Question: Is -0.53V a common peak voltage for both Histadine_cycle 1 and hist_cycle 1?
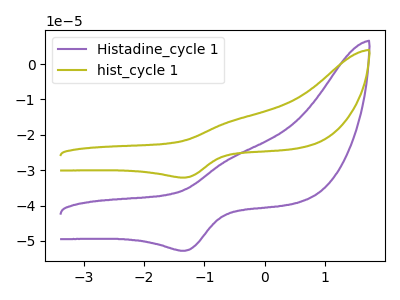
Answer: <think>The purple curve "Histadine_cycle 1" has an anodic peak at (-0.55V, -26.40uA) and a cathodic peak at (-1.30V, -52.80uA). The olive curve "hist_cycle 1" has an anodic peak at (-0.55V, -16.05uA) and a cathodic peak at (-1.30V, -32.10uA).</think>
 <answer>Yes, "Histadine_cycle 1" and "hist_cycle 1" share a peak at -0.53V.</answer>
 <eval>match</eval>